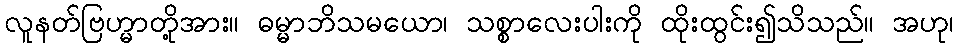
လူနတ်ဗြဟ္မာတို့အား။ ဓမ္မာဘိသမယော၊ သစ္စာလေးပါးကို ထိုးထွင်း၍သိသည်။ အဟု၊